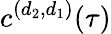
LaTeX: c^{(d_{2},d_{1})}(\tau)